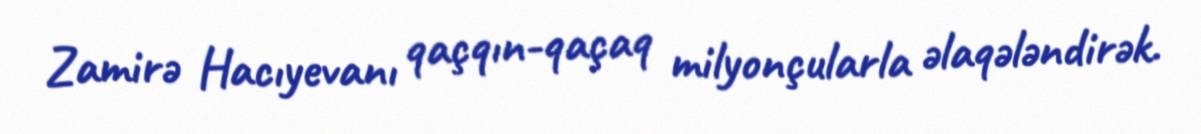
Zamirə Hacıyevanı qaçqın-qaçaq milyonçularla əlaqələndirək.